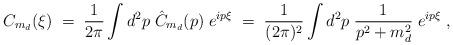
LaTeX: \begin{align*}C_{m_d}(\xi) \; = \; \frac{1}{2\pi} \int d^2p \; \hat{C}_{m_d}(p) \;e^{ip\xi} \; = \;\frac{1}{(2\pi)^2} \int d^2p \; \frac{1}{p^2+m_d^2} \; e^{ip\xi} \; ,\end{align*}